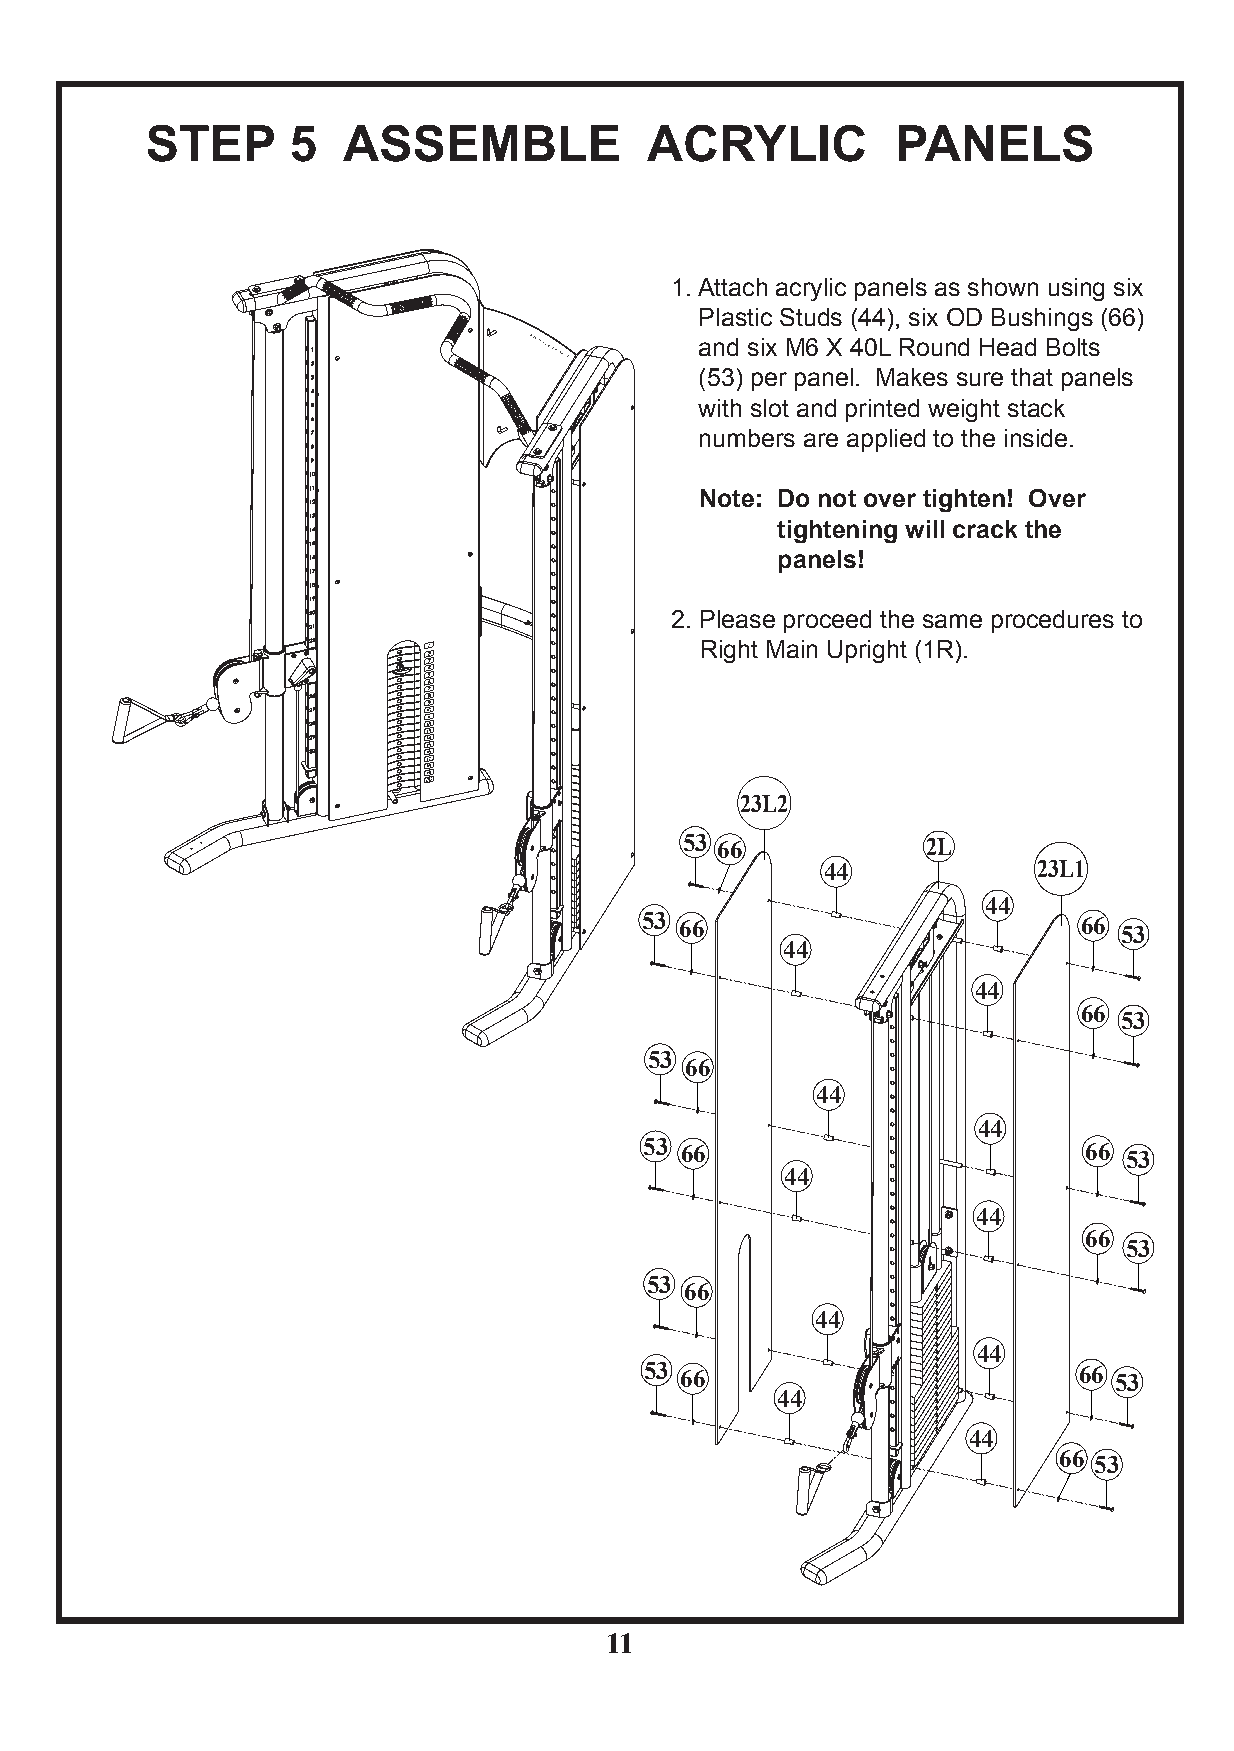
STEP     5   ASSEMBLE            ACRYLIC         PANELS
 1. Attach acrylic panels as shown using six
 Plastic Studs (44), six OD Bushings (66)
 and six M6 X 40L Round Head Bolts
 (53) per panel. Makes sure that panels
 with slot and printed weight stack
 numbers are applied to the inside.
 Note: Do not over tighten! Over
 tightening will crack the
 panels!
 2. Please proceed the same procedures to
 Right Main Upright (1R).
 23L2
 53 66           2L
 44            23L1
 44
 53 66                         66 53
 44
 44
 66
 53
 53
 66
 44
 44
 53 66                        66 53
 44
 44
 66
 53
 53
 66
 44
 44
 53 66                       66 53
 44
 44
 66
 53
 11